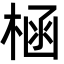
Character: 㮀